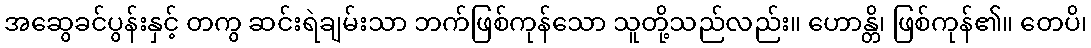
အဆွေခင်ပွန်းနှင့် တကွ ဆင်းရဲချမ်းသာ ဘက်ဖြစ်ကုန်သော သူတို့သည်လည်း။ ဟောန္တိ၊ ဖြစ်ကုန်၏။ တေပိ၊